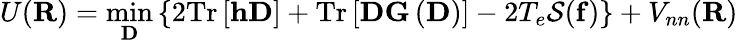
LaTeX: {\displaystyle U({\mathbf R})=\operatorname*{min}_{{\mathbf D}}\left\{ 2\mathrm{Tr}\left[{\mathbf h}{\mathbf D}\right]+\mathrm{Tr}\left[{\mathbf D}{\mathbf G}\left({\mathbf D}\right)\right]-2T_{e}{\cal S}({\mathbf f})\right\} +V_{nn}({\mathbf R})}